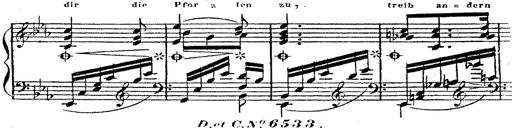
Title: 12 Lieder von Franz Schubert
Composer: Franz Liszt